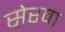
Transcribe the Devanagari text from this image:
सेरवा